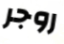
روجر